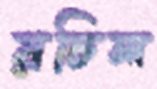
রচিল